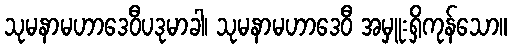
သုမနာမဟာဒေဝီပဒုမာခါ၊ သုမနာမဟာဒေဝီ အမှူးရှိကုန်သော။